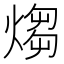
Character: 煼